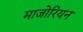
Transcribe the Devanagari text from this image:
माजोरियन